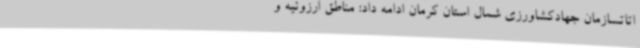
اتاتسازمان جهادکشاورزی شمال استان کرمان ادامه داد: مناطق ارزوئیه و